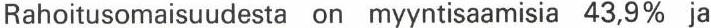
Rahoitusomaisuudesta on myyntisaamisia 43,9% ja